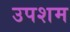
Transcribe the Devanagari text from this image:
उपशम